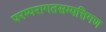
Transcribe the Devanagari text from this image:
परम्परागतसम्पत्तिगण